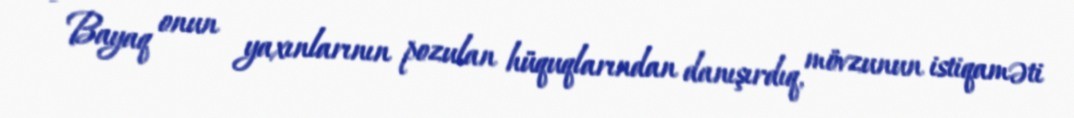
- Bayaq onun yaxınlarının pozulan hüquqlarından danışırdıq, mövzunun istiqaməti